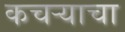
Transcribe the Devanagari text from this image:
कचऱ्याचा